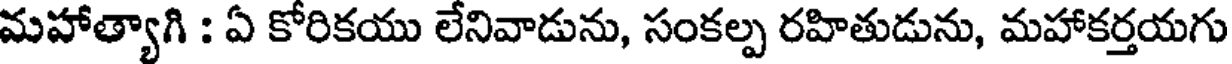
మహాత్యాగి : ఏ కోరికయు లేనివాడును, సంకల్ప రహితుడును, మహాకర్తయగు